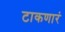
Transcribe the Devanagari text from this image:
टाकणारं